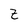
Character: Z